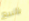
بالبيع